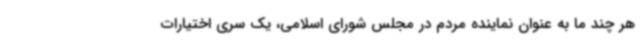
هر چند ما به عنوان نماینده مردم در مجلس شورای اسلامی، یک سری اختیارات